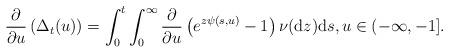
LaTeX: \begin{align*}\frac{\partial}{\partial u}\left(\Delta_t(u)\right)=\int_{0}^{t}\int_{0}^{\infty}\frac{\partial}{\partial u}\left(e^{z\psi(s,u)}-1\right)\nu(\mathrm{d}z)\mathrm{d}s,u\in(-\infty,-1].\end{align*}